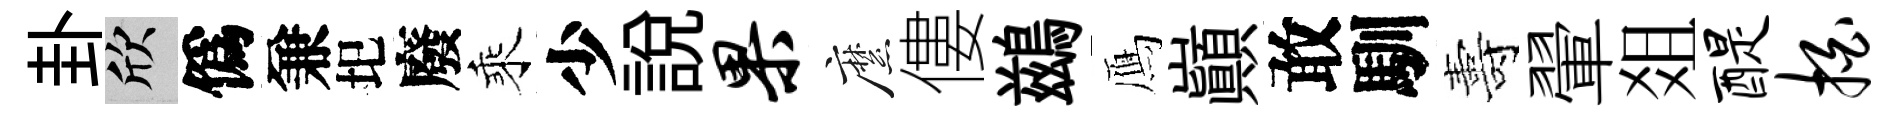
卦欣僞兼圯廢乘少説果縻僂鷀鴈巔敢馴夀翬爼醍拍